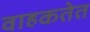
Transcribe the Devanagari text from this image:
वाहकतेत